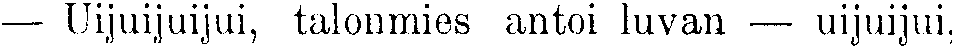
— Uijuijuijui, talonmies antoi luvan — uijuijui,